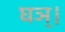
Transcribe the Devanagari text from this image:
घञ्।